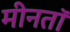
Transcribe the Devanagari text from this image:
मीनतॉ